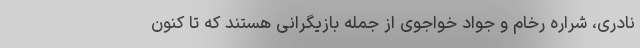
نادری، شراره رخام و جواد خواجوی از جمله بازیگرانی هستند که تا کنون